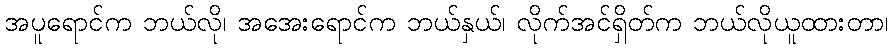
အပူရောင်က ဘယ်လို၊ အအေးရောင်က ဘယ်နှယ်၊ လိုက်အင်ရှိတ်က ဘယ်လိုယူထားတာ၊